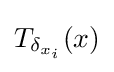
T_{\delta _{x_{i}}}(x)